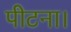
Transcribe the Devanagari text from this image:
पीटना।